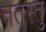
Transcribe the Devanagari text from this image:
ततस्तु